Indian journal of veterinary science and animal husbandry - Volumes 24-25, 1954-1955
Year: 1954
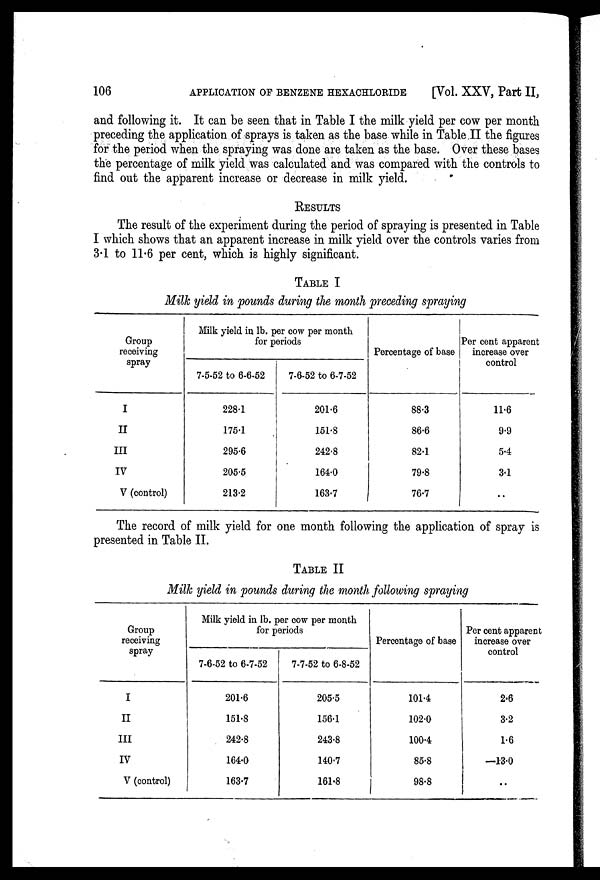
106
APPLICATION OF BENZENE HEXACHLORIDE
[Vol. XXV, Part II,
and following it. It can be seen that in Table I the milk yield per cow per month
preceding the application of sprays is taken as the base while in Table II the figures
for the period when the spraying was done are taken as the base. Over these bases
the percentage of milk yield was calculated and was compared with the controls to
find out the apparent increase or decrease in milk yield.
RESULTS
The result of the experiment during the period of spraying is presented in Table
I which shows that an apparent increase in milk yield over the controls varies from
3.1 to 11.6 per cent, which is highly significant.
TABLE I
Milk yield in pounds during the month preceding spraying
Group
receiving
spray
I
II
III
IV
V (control)
Milk yield in lb. per cow per month
for periods
7-5-52 to 6-6-52
228.1
175.1
295.6
205.5
213.2
7-6-52 to 6-7-52
201.6
151.8
242.8
164.0
163.7
Percentage of base
88.3
86.6
82.1
79.8
76.7
Per cent apparent
increase over
control
11.6
9.9
5.4
3.1
..
The record of milk yield for one month following the application of spray is
presented in Table II.
TABLE II
Milk yield in pounds during the month following spraying
Group
receiving
spray
I
II
III
IV
V (control)
Milk yield in lb. per cow per month
for periods
7-6-52 to 6-7-52
201.6
151.8
242.8
164.0
163.7
7-7-52 to 6-8-52
205.5
156.1
243.8
140.7
161.8
Percentage of base
101.4
102.0
100.4
85.8
98.8
Per cent apparent
increase over
control
2.6
3.2
1.6
—13.0
..